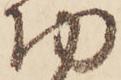
切